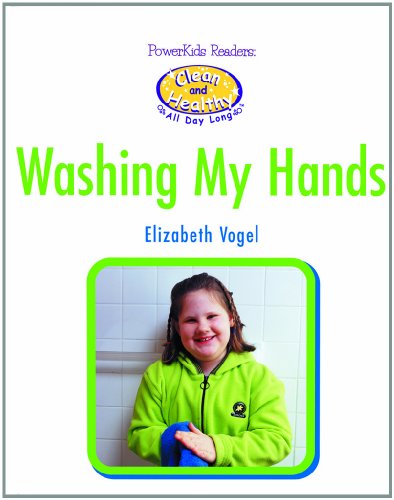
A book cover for Washing My Hands (Powerkids Readers: Clean & Healthy); Elizabeth Vogel; Teen & Young Adult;